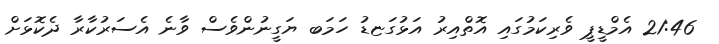
21:46 އެމްޑީޕީ ވެރިކަމުގައި އޮތްއިރު އަޅުގަޏޑު ހަމަބ ޔަގީނުންވެސް ވާނެ އެސަރުކާރާ ދެކޮޅަށް